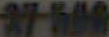
27-500